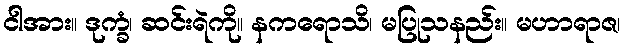
ငါအား။ ဒုက္ခံ၊ ဆင်းရဲကို။ နကရောသိ၊ မပြုသနည်း။ မဟာရာဇ၊